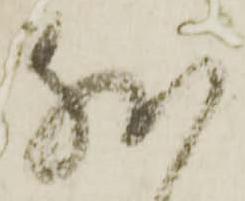
然